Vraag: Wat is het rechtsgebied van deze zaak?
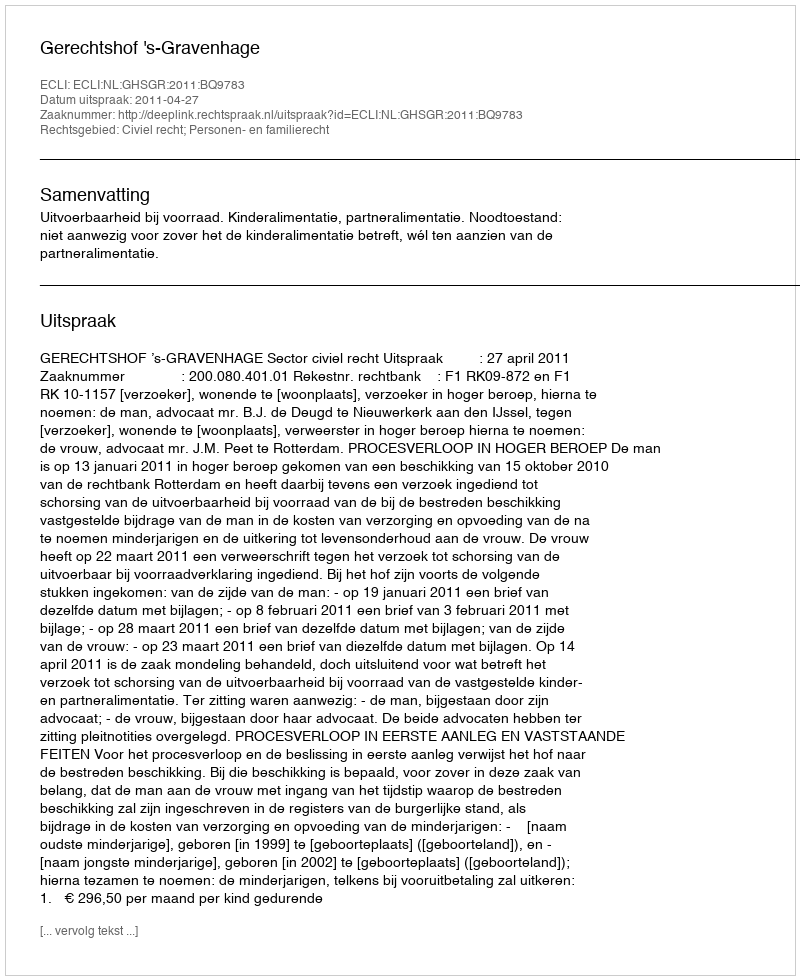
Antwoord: Civiel recht; Personen- en familierecht